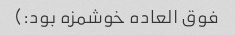
فوق العاده خوشمزه بود:)